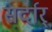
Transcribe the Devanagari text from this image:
सर्दार्